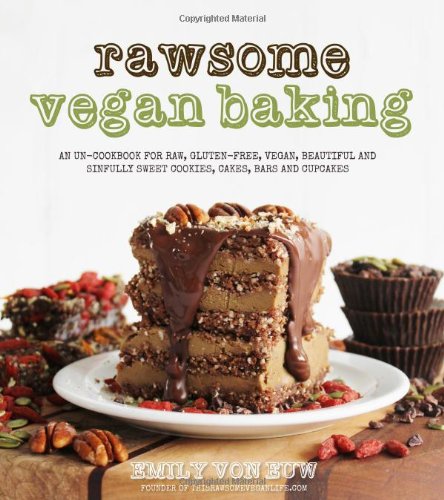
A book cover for Rawsome Vegan Baking: An Un-cookbook for Raw, Gluten-Free, Vegan, Beautiful and Sinfully Sweet Cookies, Cakes, Bars & Cupcakes; Emily von Euw; Cookbooks, Food & Wine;